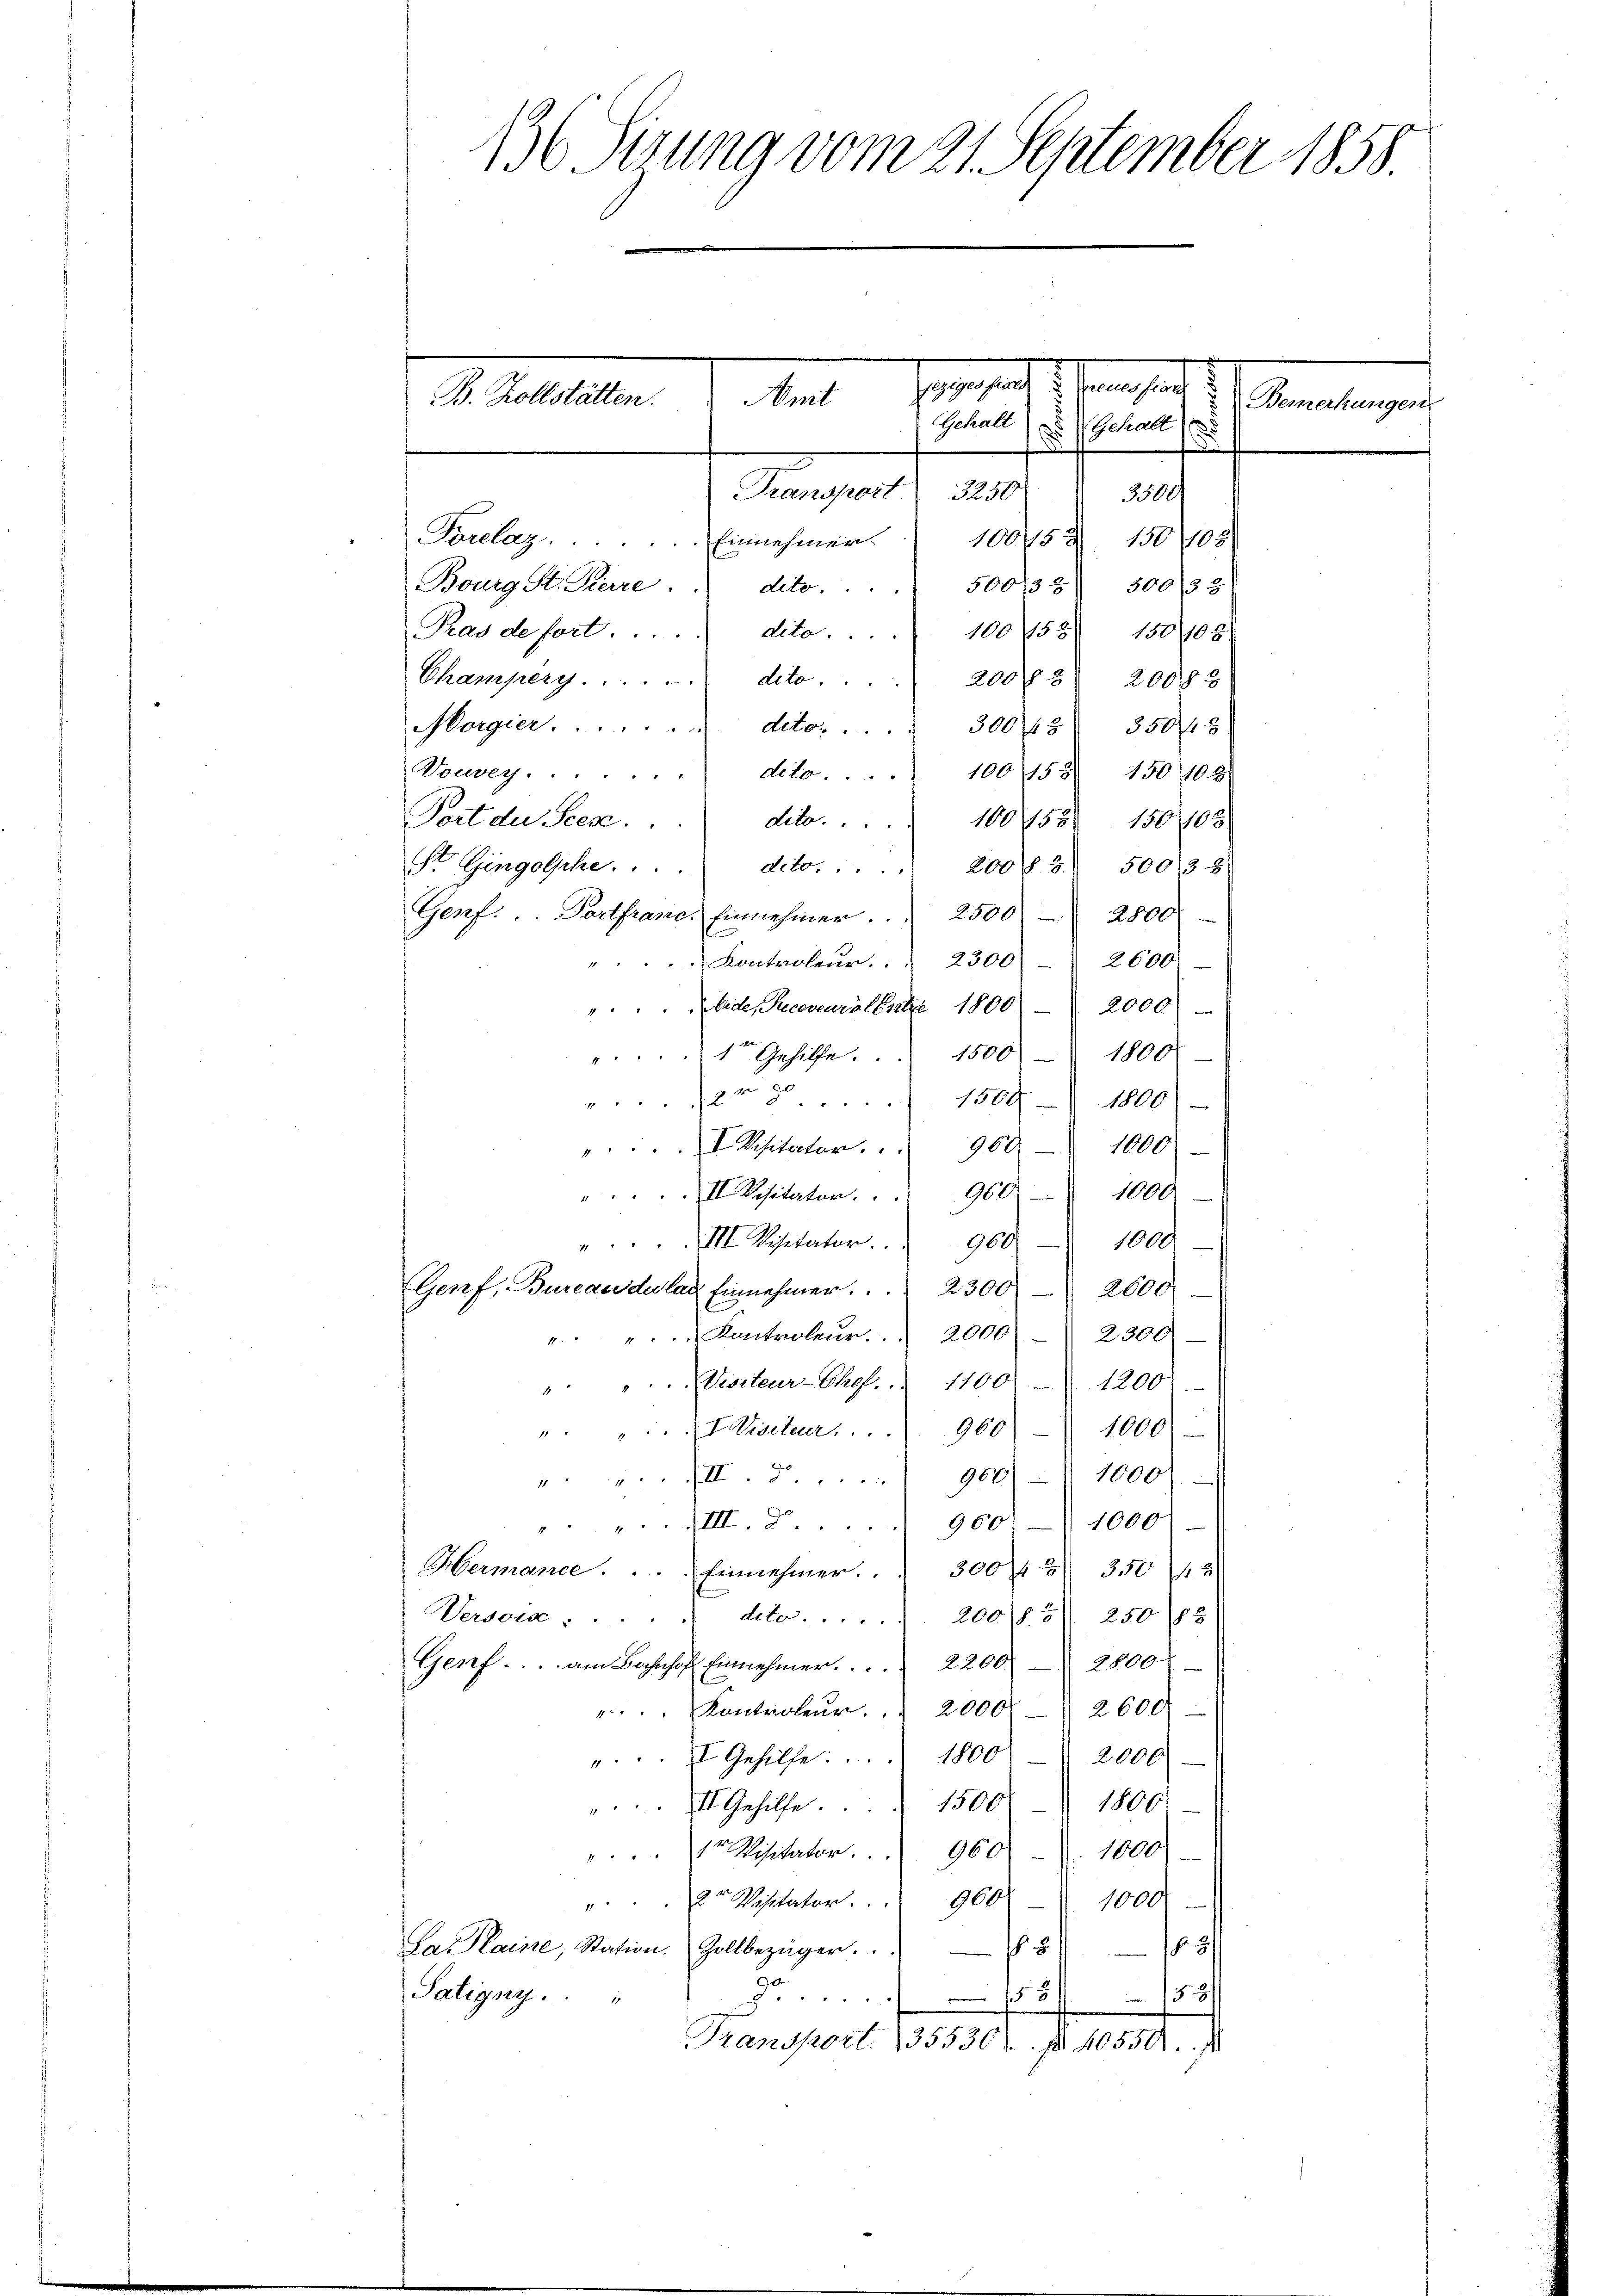
136 Sirung vom 21. September 1858

B. Zollstätten.

Segenheit u. Seinigen
Amt
Bemerkungen
Gehalt
 Gehalt

Transport 3250
2500

100752. 150 105.
Torelaz.  ..  ..  .. Einnehmen.
Bourg, St. Pare. " deto . . . . 500/3 5 500 33
Ras de fort.  .. . . dito . . . . 100 58 150,108
Champerg . . . . . . dito. . . . 200 § 3 20083
Morgier. . . . . . . . deto . . 30045 35048
Vonweg. . . . dito. . 100158) 150100
Port der Seere.
dito. 100 755. 150103
St. Gingolke. . . . deto . . . 200 f 6 50035
Genf.  ..  Portfrand. Einnehmer. . . 2500 2800
s
". . . Kontroleŭr " " 2300 2600
Aide, Recoveuralent 1800) - 2000
"1 Gehilfe. . . 1500 - 1800
er 8. 1500 1800
".. Visitator.    960 - 1000
". II Risitator.    960 " 1000
1000
.III. Visitator                960
Genf, Bureaudulas Einnehmer. . . . 2300 2600
". Kontroleur. 2000 2300
" Visiteur-Chef. " 1100 - 1200
""Hischer.  .. 960 - 1000
.III. 7. 960) - 1000
.III. 900) 1000
Hermance.  ..  .. . Einnehmer.  300 f 3 350
Versorg . . .
deto 200 /5 250 (13
Genf. . . am Bahnhof Einnehmer.     2200 2800
". Kontroleŭr " " 2000. 2600
2,000
"Gehilfe. 1800
.III. Gehilfe . . 1500 - 1806
1000
 Visitator. 960
1000.
" Visitator. 960
La Plaine, Station. Zollbezüger.
8 188
Satigny.
158 - 1581
Transport. 35530. No. 40550. p